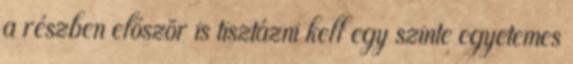
a részben először is tisztázni kell egy szinte egyetemes